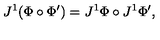
J ^ { 1 } ( \Phi \circ \Phi ^ { \prime } ) = J ^ { 1 } \Phi \circ J ^ { 1 } \Phi ^ { \prime } ,